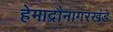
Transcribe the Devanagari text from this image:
हेमाद्रौनागरखंडे